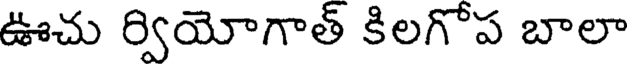
ఊచు ర్వియోగాత్ కిలగోప బాలా